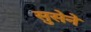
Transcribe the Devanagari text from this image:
सुसेने